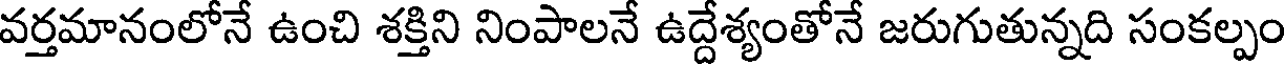
వర్తమానంలోనే ఉంచి శక్తిని నింపాలనే ఉద్దేశ్యంతోనే జరుగుతున్నది సంకల్పం